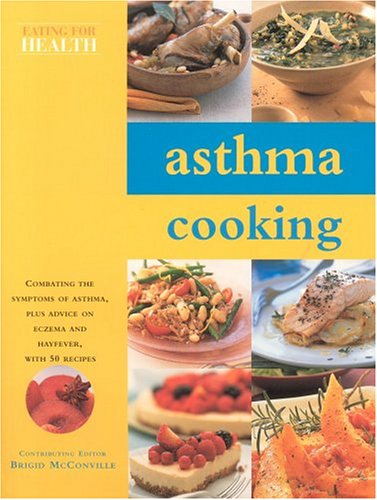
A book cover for Asthma Cooking (Eating for Health); Bridgid McConville; Health, Fitness & Dieting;